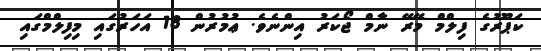
ކަޕޫރުގެ ފިލްމް މޭރޭ ނާމް ޖޯކަރު އިންނެވެ. ޢުމުރުން 18 އަހަރުގައި މިފިލްމްގައި